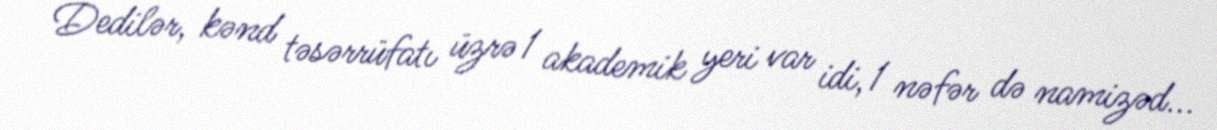
Dedilər, kənd təsərrüfatı üzrə 1 akademik yeri var idi, 1 nəfər də namizəd...